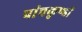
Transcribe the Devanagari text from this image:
पांचकुण्डों